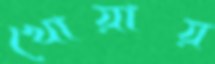
খোয়ায়